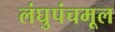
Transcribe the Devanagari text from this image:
लंघुपंचमूल